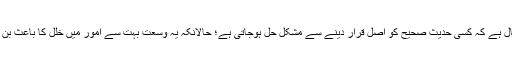
شیخ کا خیال ہے کہ کسی حدیثِ صحیح کو اصل قرار دینے سے مشکل حل ہوجاتی ہے؛ حالانکہ یہ وسعت بہت سے امور میں خلل کا باعث بن سکتی ہے۔